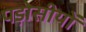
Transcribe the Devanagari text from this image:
पड़ोसीयों